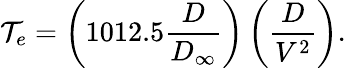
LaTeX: \mathcal{T}_{e}=\left(1012.5\frac{{D}}{{D_{\infty}}}\right)\left(\frac{{D}}{{V^{2}}}\right).